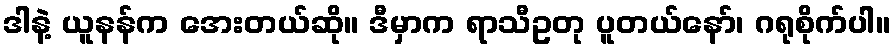
ဒါနဲ့ ယူနန်က အေးတယ်ဆို။ ဒီမှာက ရာသီဥတု ပူတယ်နော်၊ ဂရုစိုက်ပါ။